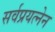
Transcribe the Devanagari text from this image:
सर्वप्रयत्नेन